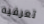
تعرفيه